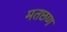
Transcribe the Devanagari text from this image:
मतछण